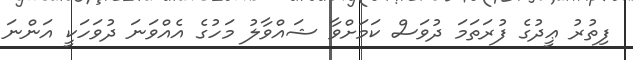
ފިތުރު ޢީދުގެ ފުރަތަމަ ދުވަސް ކަމަށްވާ ޝައްވާލު މަހުގެ އެއްވަނަ ދުވަހަކީ އަންނަ